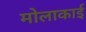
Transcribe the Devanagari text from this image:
मोलाकाई